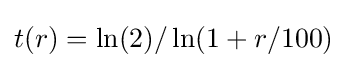
t(r)=\ln(2)/\ln(1+r/100)